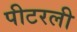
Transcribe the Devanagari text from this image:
पीटरली